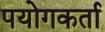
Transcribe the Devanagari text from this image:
पयोगकर्ता